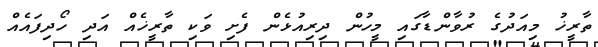
ތާރީޚު މިއަދުގެ ރުވާންޑާގައި މީހުން ދިރިއުޅެން ފެށި ވަކި ތާރީޚެއް އަދި ހޯދިފައެއް